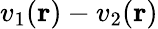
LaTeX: v_{1}(\mathbf{r})-v_{2}(\mathbf{r})